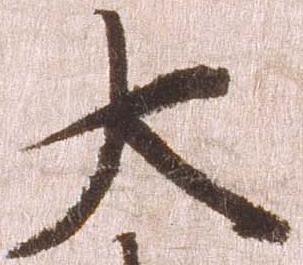
大